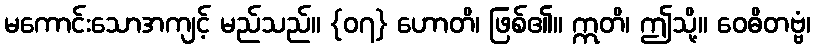
မကောင်းသောအကျင့် မည်သည်။ {၀၇} ဟောတိ၊ ဖြစ်၏။ ဣတိ၊ ဤသို့။ ဝေဓိတဗ္ဗံ၊